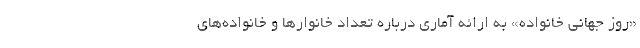
«روز جهانی خانواده» به ارائه آماری درباره تعداد خانوارها و خانواده‌های